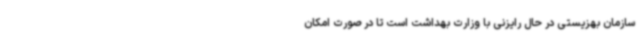
سازمان بهزیستی در حال رایزنی با وزارت بهداشت است تا در صورت امکان